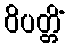
ဝိပတ္တိံ